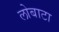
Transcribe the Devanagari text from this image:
लोबाटा